Report on the nature of kala-azar
Disease focus: Kala-Azar
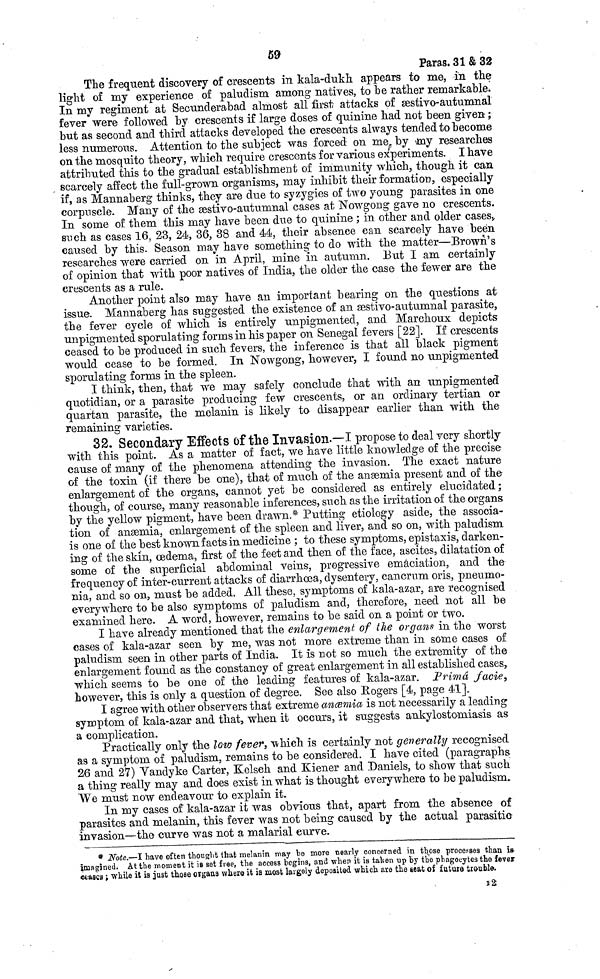
59
Paras. 31 & 32
The frequent discovery of crescents in kala-dukh appears to me, in the
light of my experience of paludism among natives, to be rather remarkable
In my regiment at Secunderabad almost all first attacks of æstivo-autumnal
fever were followed by crescents if large doses of quinine had not been given ;
but as second and third attacks developed the crescents always tended to become
less numerous. Attention to the subject was forced on me, by my researches
on the mosquito theory, which require crescents for various experiments. I have
attributed this to the gradual establishment of immunity which, though it can
scarcely affect the full-grown organisms, may inhibit their formation, especially
if, as Mannaberg thinks, they are due to syzygies of two young parasites in one
corpuscle. Many of the æstivo-autumnal cases at Nowgong gave no crescents.
In some of them this may have been due to quinine ; in other and older cases
such as cases 16, 23, 24, 36, 38 and 44, their absence can scarcely have been
caused by this. Season may have something to do with the matter—Brown's
researches were carried on in April, mine in autumn. But I am certainly
of opinion that with poor natives of India, the older the case the fewer are the
crescents as a rule.
Another point also may have an important bearing on the questions at
issue. Mannaberg has suggested the existence of an æstivo-autumnal parasite,
the fever cycle of which is entirely unpigmented, and Marchoux depicts
unpigmented sporulating forms in his paper on Senegal fevers [22]. If crescents
ceased to be produced in such fevers, the inference is that all black pigment
would cease to be formed. In Nowgong, however, I found no unpigmented
sporulating forms in the spleen.
I think, then, that we may safely conclude that with an unpigmented
quotidian, or a parasite producing few crescents, or an ordinary tertian or
quartan parasite, the melanin is likely to disappear earlier than with the
remaining varieties.
32. Secondary Effects Of the Invasion.—I propose to deal very shortly
with this point. As a matter of fact, we have little knowledge of the precise
cause of many of the phenomena attending the invasion. The exact nature
of the toxin (if there be one), that of much of the anæmia present and of the
enlargement of the organs, cannot yet be considered as entirely elucidated ;
though, of course, many reasonable inferences, such as the irritation of the organs
by the yellow pigment, have been drawn.* Putting etiology aside, the associa-
tion of anæmia, enlargement of the spleen and liver, and so on, with paludism
is one of the best known facts in medicine ; to these symptoms, epistaxis, darken-
ing of the skin, œdema, first of the feet and then of the face, ascites, dilatation of
some of the superficial abdominal veins, progressive emaciation, and the
frequency of inter-current attacks of diarrhœa, dysentery, cancrum oris, pneumo-
nia, and so on, must be added. All these, symptoms of kala-azar, are recognised
everywhere to be also symptoms of paludism and, therefore, need not all be
examined here. A word, however, remains to be said on a point or two.
I have already mentioned that the enlargement of the organs in the worst
cases of kala-azar seen by me, was not more extreme than in some cases of
paludism seen in other parts of India. It is not so much the extremity of the
enlargement found as the constancy of great enlargement in all established cases,
which seems to be one of the leading features of kala-azar. Primâ facie,
however, this is only a question of degree. See also Bogers [4, page 41].
I agree with other observers that extreme anæmia is not necessarily a leading
symptom of kala-azar and that, when it occurs, it suggests ankylostomiasis as
a complication.
Practically only the low fever, which is certainly not generally recognised
as a symptom of paludism, remains to be considered. I have cited (paragraphs.
26 and 27) Vandyke Carter, Kelsch and Kiener and Daniels, to show that such
a thing really may and does exist in what is thought everywhere to be paludism.
We must now endeavour to explain it.
In my cases of kala-azar it was obvious that, apart from the absence of
parasites and melanin, this fever was not being caused by the actual parasitic
invasion—the curve was not a malarial curve.
* Note.—I have often thought that melanin may be more nearly concerned in those processes than is
imagined. At the moment it is set free, the access begins, and when it is taken up by the phagocytes the fever
ceases ; while it is just those organs where it is most largely deposited which are the seat of future trouble.
I 2